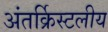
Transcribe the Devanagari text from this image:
अंतर्क्रिस्टलीय